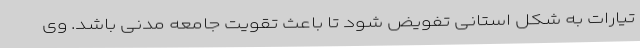
تیارات به شکل استانی تفویض شود تا باعث تقویت جامعه مدنی باشد. وی